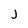
Character: J